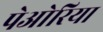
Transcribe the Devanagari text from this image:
पेओरिया